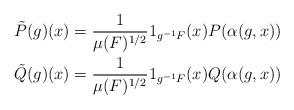
LaTeX: \begin{align*}\tilde P(g)(x) &= \frac{1}{\mu(F)^{1/2}} 1_{g^{-1}F}(x) P(\alpha(g,x)) \\\tilde Q(g)(x) &= \frac{1}{\mu(F)^{1/2}} 1_{g^{-1}F}(x) Q(\alpha(g,x))\end{align*}